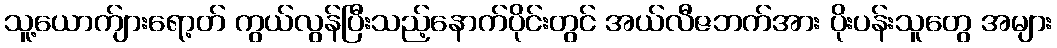
သူ့ယောက်ျားရော့တ် ကွယ်လွန်ပြီးသည့်နောက်ပိုင်းတွင် အယ်လီဇဘက်အား ပိုးပန်းသူတွေ အများ